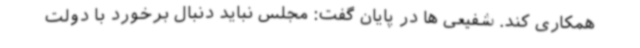
همکاری کند. شفیعی ها در پایان گفت: مجلس نباید دنبال برخورد با دولت